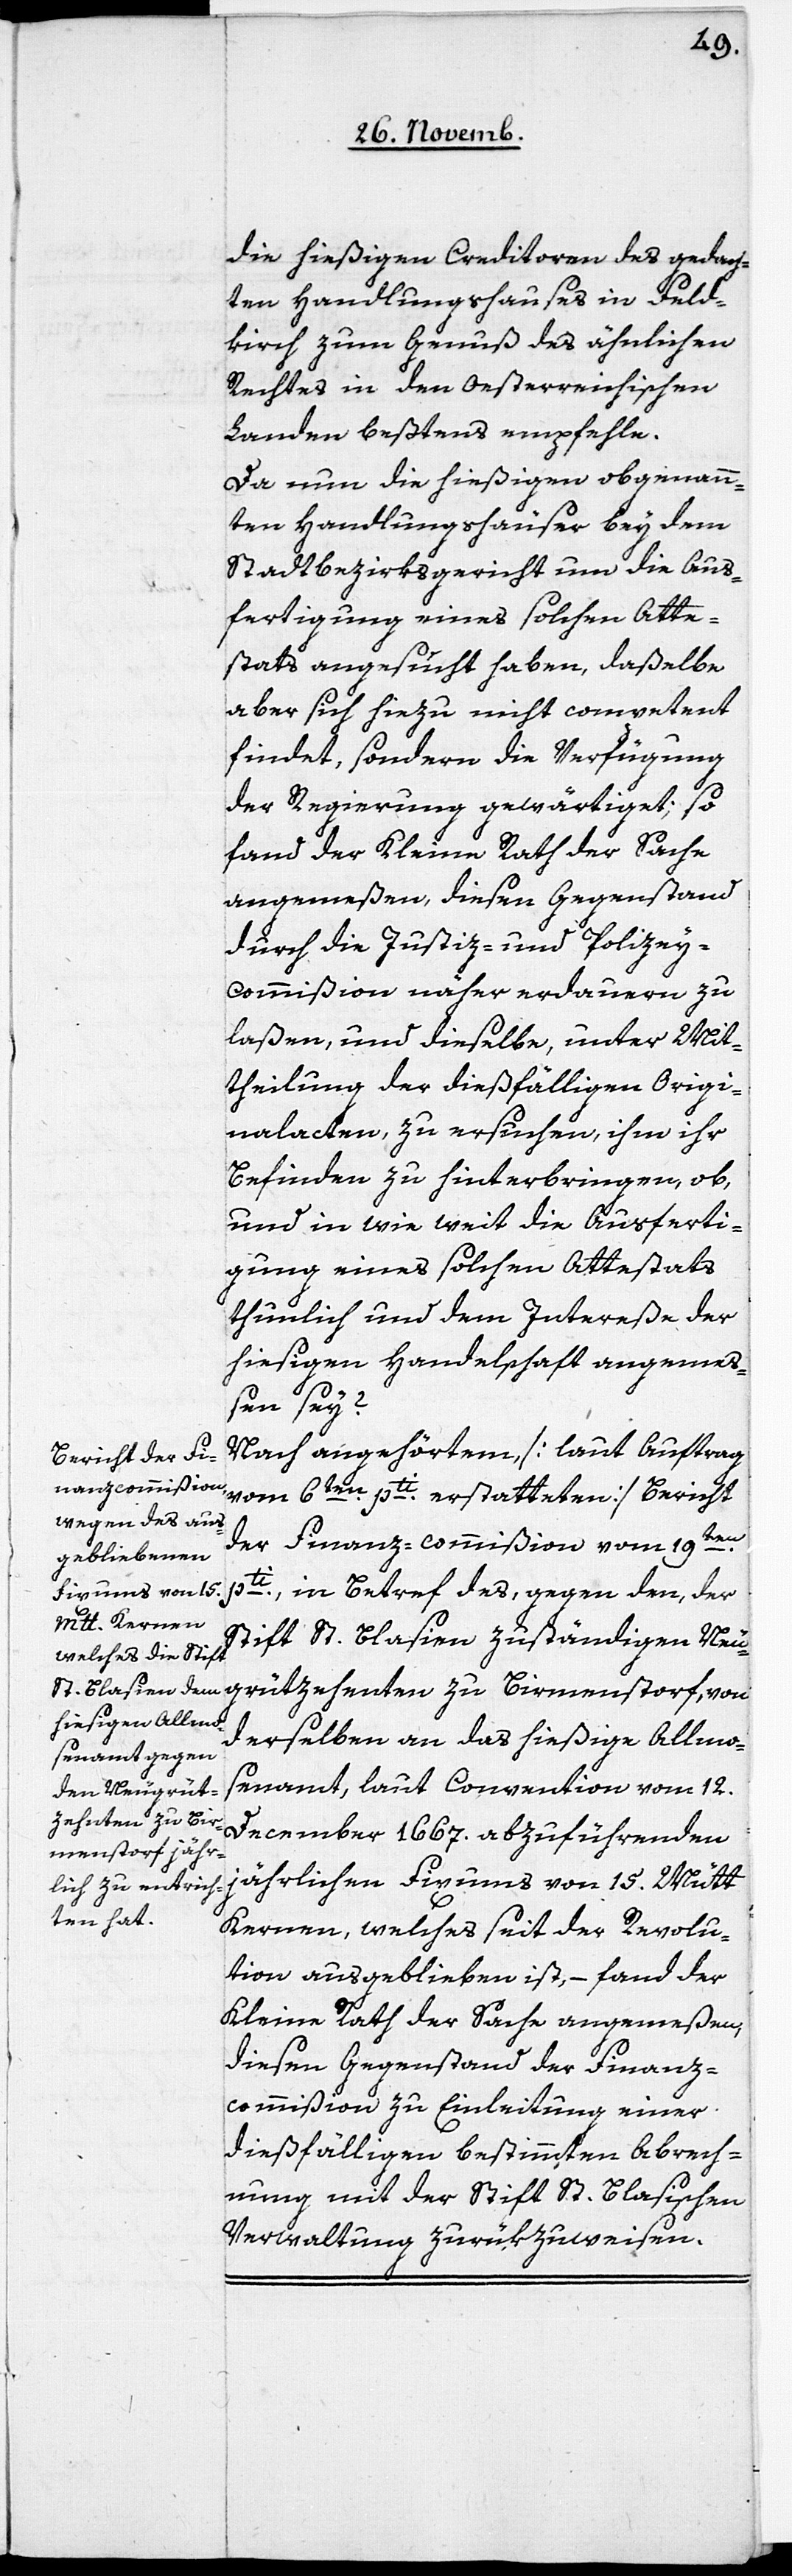
die hießigen Creditoren des gedach¬
ten Handlungshauses in Feld¬
kirch zum Genuß des ähnlichen
Rechtes in den Oesterreichischen
Landen beßtens empfehle.
Da nun die hießigen obgenann¬
ten Handlungshäuser bey dem
Stadtbezirksgericht um die Aus¬
fertigung eines solchen Atte¬
stats angesucht haben, daßelbe
aber sich hiezu nicht competent
findet, sondern die Verfügung
der Regierung gewärtiget; so
fand der Kleine Rath der Sache
angemeßen, diesen Gegenstand
durch die Justiz- und Polizey-C¬
ommißion näher erdauern zu
laßen, und dieselbe, unter Mit¬
theilung der dießfälligen Origi¬
nalacten zu ersuchen, ihm ihr
Befinden zu hinterbringen, ob,
und wie weit die Ausferti¬
gung eines solchen Attestats
thunlich und dem Intereße der
hießigen Handelschaft angeme¬
ßen sey?
Nach angehörtem [laut Auftrag
vom 6ten. pti erstatteten] Bericht
der Finanz-commißion vom 19ten.
pti, in Betreff des, gegen den, der
Stift St. Blasien zuständigen Neu¬
grützehenten zu Birmenstorf, von
derselben an das hießige Allmo¬
senamt, laut Convention vom 12.
December 1667. abzuführenden
jährlichen Fixums von 15. Mütt
Kernen, welches seit der Revolu¬
tion ausgeblieben ist, – fand der
Kleine Rath der Sache angemeßen,
diesen Gegenstand der Finanz¬
commißion zu Einleitung einer
dießfälligen bestimmten Abrech¬
nung mit der Stift St. Blasischen
Verwaltung zurükzuweisen.